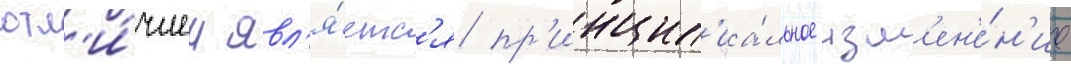
отл'и́чием явл'я́етс'я пр'инцип'иа́льное изм'ен'е́н'ие